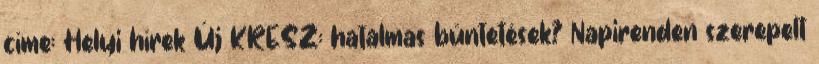
címe: Helyi hírek Új KRESZ: hatalmas büntetések? Napirenden szerepelt